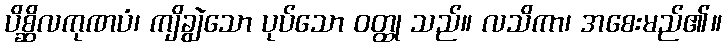
ပိစ္ဆိလကုဏပံ၊ ကျိချွဲသော ပုပ်သော ဝတ္ထု သည်။ လသိကာ၊ အစေးမည်၏။